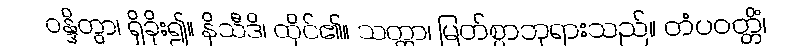
ဝန္ဒိတွာ၊ ရှိခိုး၍။ နိသီဒိ၊ ထိုင်၏။ သတ္ထာ၊ မြတ်စွာဘုရားသည်။ တံပဝတ္တိံ၊